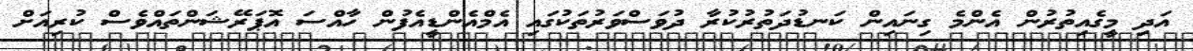
އަދި މީގެއިތުުރުން އެންމެ ގިނައިން ކަނޑުދަތުރުކުރާ ދުވަސްވަރުތަކުގައި އެމްއެންޑީއެފުން ހާއްސަ އޮޕަރޭޝަންތައްވެސް ކުރިއަށް